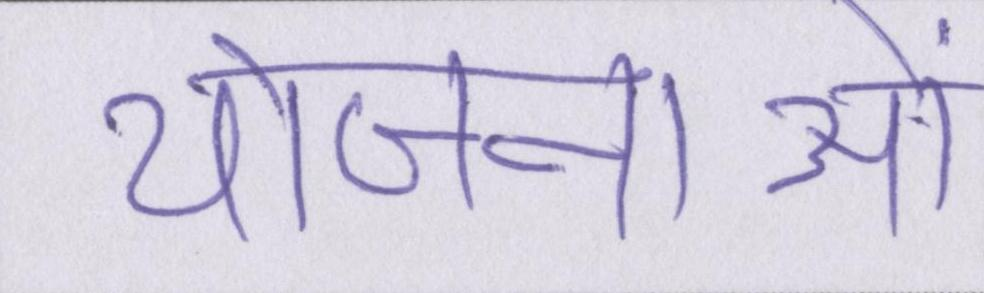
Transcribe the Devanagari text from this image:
योजनाओं